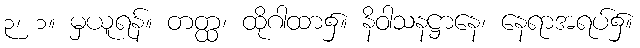
၃၊ ၁။ မှယူရန်။ တတ္ထ၊ ထိုဂါထာ၌။ နိဝါသနဋ္ဌာနေ၊ နေရာအရပ်၌။